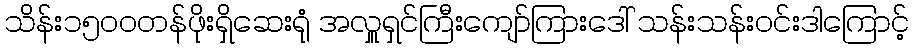
သိန်း၁၅ဝဝတန်ဖိုးရှိဆေးရုံ အလှူရှင်ကြီးကျော်ကြားဒေါ် သန်းသန်းဝင်းဒါကြောင့်